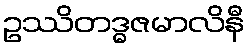
ဥဿိတဒ္ဓဇမာလိနီ